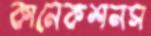
কানেকশনস